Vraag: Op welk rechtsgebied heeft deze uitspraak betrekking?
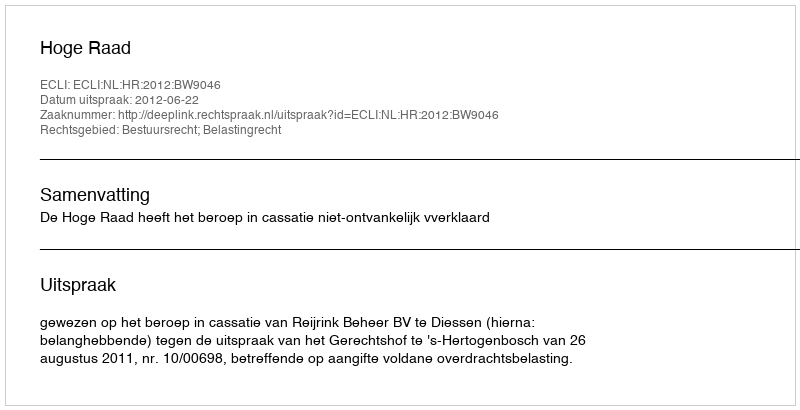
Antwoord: Bestuursrecht; Belastingrecht